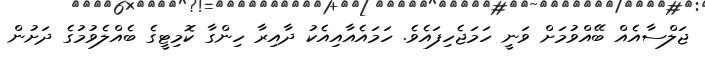
ޖަލްސާއެއް ބޭއްވުމަށް ވަނީ ހަމަޖެހިފައެވެ. ހަމައެއާއިއެކު ދާއިރާ ހިންގާ ކޮމިޓީގެ ބެއްލެވުމުގެ ދަށުން